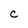
Character: C